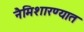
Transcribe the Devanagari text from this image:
नैमिशारण्यात